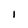
Character: I